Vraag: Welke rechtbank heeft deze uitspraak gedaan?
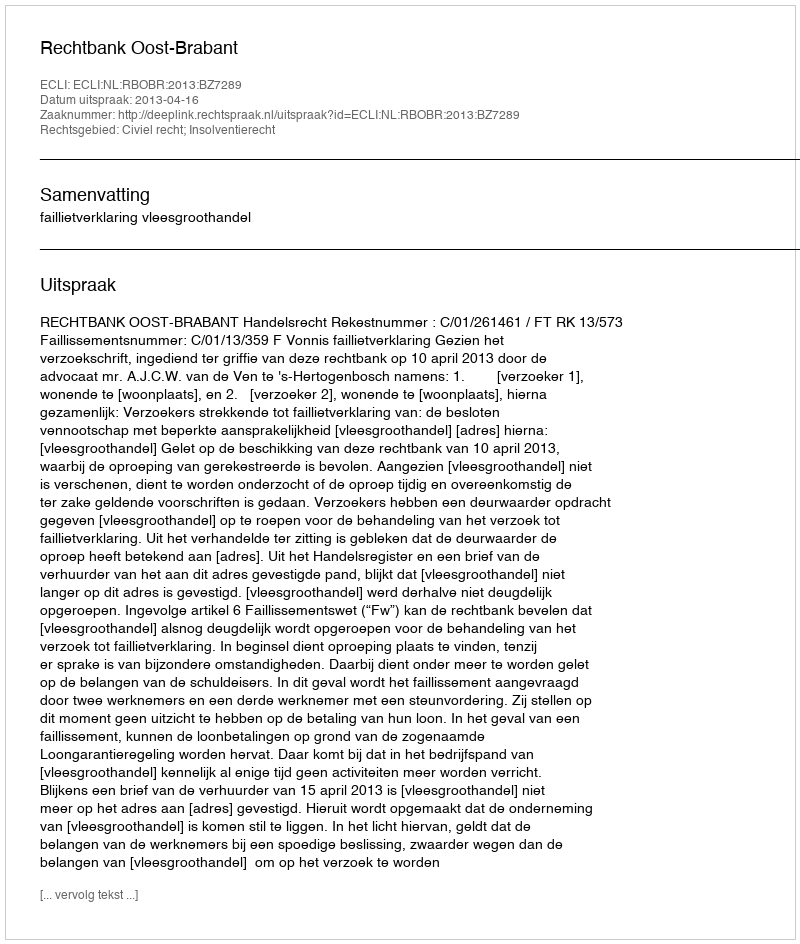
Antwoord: Rechtbank Oost-Brabant